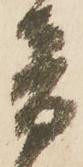
音